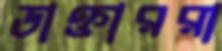
ডাক্তাররা